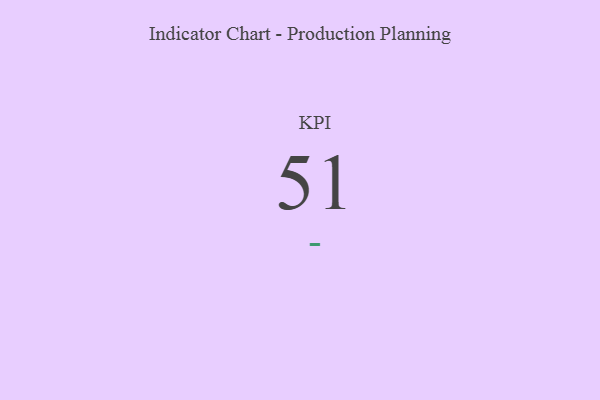
{"axis": {"x": "KPI", "y": "Value"}, "legend": [""], "data": [{"x": "KPI", "y": 51, "type": ""}]}